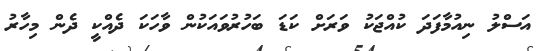
އަސްލު ނިއުމާފަދަ ކުއްޖަކު ވަރަށް ކަޑަ ބަހުރުވައަކުން ވާހަކަ ދެއްކީ ދެން މިހާރު